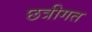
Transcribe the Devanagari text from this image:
छत्रीगत